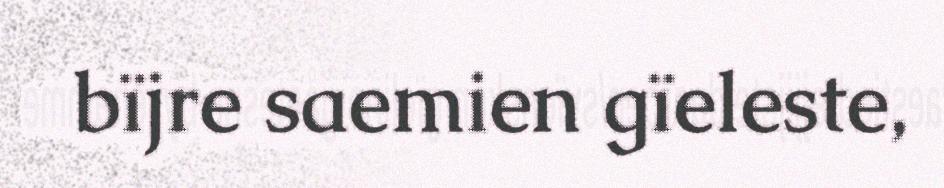
bïjre saemien gïeleste,